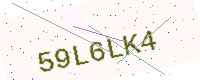
Text: 59L6LK4